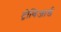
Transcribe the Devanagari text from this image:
ट्रीविजार्ड